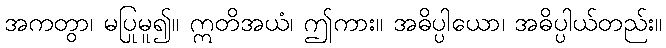
အကတွာ၊ မပြုမူ၍။ ဣတိအယံ၊ ဤကား။ အဓိပ္ပါယော၊ အဓိပ္ပါယ်တည်း။